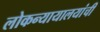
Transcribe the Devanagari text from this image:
लोकन्यायालयांची